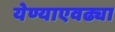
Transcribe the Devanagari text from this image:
येण्याएवढ्या